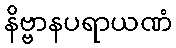
နိဗ္ဗာနပရာယဏံ